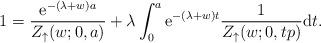
LaTeX: \begin{align*}1 = \frac{\mathrm{e}^{-(\lambda+w )a}}{Z_\uparrow (w; 0,a)} + \lambda \int_{0}^{a} \mathrm{e}^{-(\lambda+w ) t} \frac{1}{Z_\uparrow (w; 0,tp)} \mathrm{d}t.\end{align*}